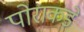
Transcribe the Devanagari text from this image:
पोराकडे